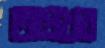
অপ্রখর